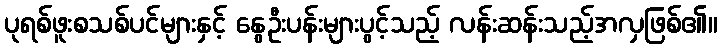
ပုရစ်ဖူးစသစ်ပင်များနှင့် နွေဦးပန်းများပွင့်သည့် လန်းဆန်းသည့်အလှဖြစ်၏။